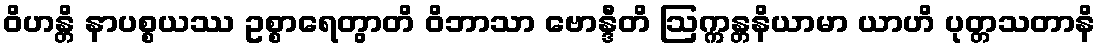
ဝိဟန္တိ နာပစ္စယဿ ဥစ္စာရေတွာတိ ဝိဘာသာ ဗောန္ဒီတိ ဩက္ကန္တနိယာမာ ယာဟိ ပုတ္တသတာနိ